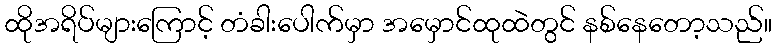
ထိုအရိပ်များကြောင့် တံခါးပေါက်မှာ အမှောင်ထုထဲတွင် နစ်နေတော့သည်။